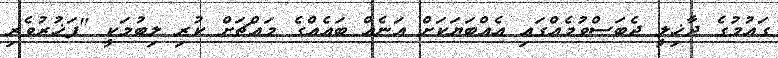
ގައުމުގެ ދާޚިލީ ދެބަސްވުމެއްގައި އެއްބަޔަކަށް އަނެއް ބައެއްގެ މައްޗަށް ކުރި ލިބުމަކީ "ފަޚުރުވެރި